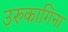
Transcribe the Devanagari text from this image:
उरुकागिना